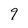
Character: 9